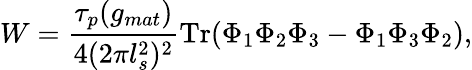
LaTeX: W=\frac{\tau_{p}(g_{mat})}{4(2\pi l_{s}^{2})^{2}}\mathrm{Tr}(\Phi_{1}\Phi_{2}\Phi_{3}-\Phi_{1}\Phi_{3}\Phi_{2}),